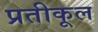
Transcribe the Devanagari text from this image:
प्रतीकूल